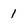
Character: 1